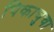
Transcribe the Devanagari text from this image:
पिकाचुचा